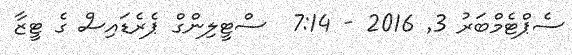
ސެޕްޓެމްބަރު 3